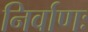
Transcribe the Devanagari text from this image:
निर्वाणः